Lunatic asylums United Provinces 1909-1921 - 1909-1921
Year: 1909
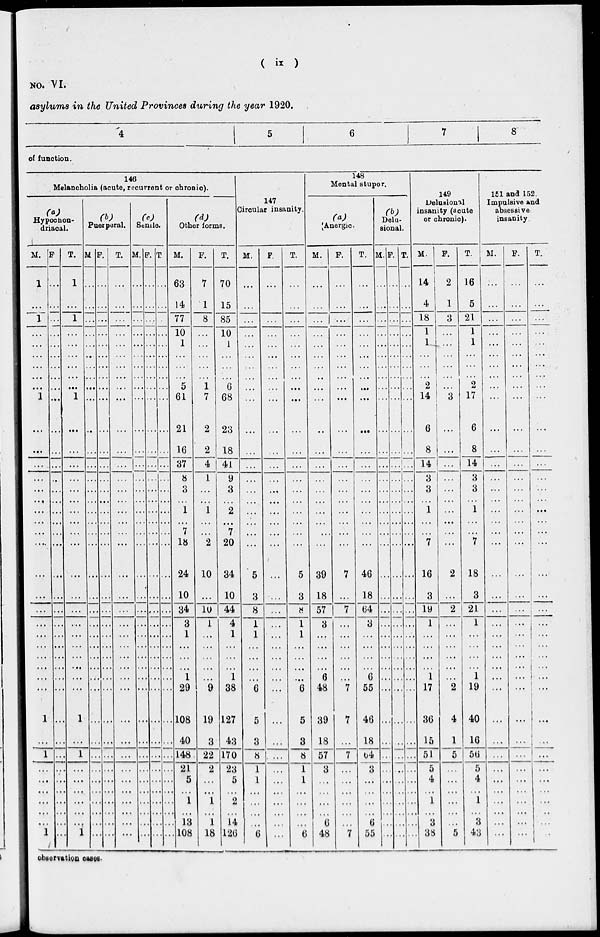
( ix )
NO. VI.
asylums in the United Provinces during the year 1920.
4 5
6
7
8
of function.
146
Melancholia (acute, recurrent or chronic).
(a)
Hypochon-
driacal.
M.
1
...
1
...
...
...
...
...
...
1
...
...
...
...
...
...
...
...
...
...
...
...
...
...
...
...
...
...
...
...
1
...
1
...
...
...
...
...
...
1
F.
...
...
...
...
...
...
...
...
...
...
...
...
...
...
...
...
...
...
...
...
...
...
...
...
...
...
...
...
...
...
...
...
...
...
...
...
...
...
...
...
T.
1
...
1
...
...
...
...
...
...
1
...
...
...
...
...
...
...
...
...
...
...
...
...
...
...
...
...
...
...
...
1
...
1
...
...
...
...
...
...
1
(b)
Puerperal.
M .
...
...
.. .
...
...
...
...
...
...
...
...
...
...
...
...
...
...
...
...
...
...
...
...
...
...
...
...
...
...
...
...
...
...
...
...
...
...
...
...
...
F.
...
...
...
...
...
...
...
...
...
...
...
...
...
...
...
...
...
...
...
...
...
...
...
...
...
...
...
...
...
...
...
...
...
...
...
...
...
...
...
...
T.
...
...
...
...
...
...
...
...
...
...
...
...
...
...
...
...
...
...
...
...
...
...
...
...
...
...
...
...
...
...
...
...
...
...
...
...
...
...
...
...
(c)
Senile.
M.
...
...
...
...
...
...
...
...
...
...
...
...
...
...
...
...
...
...
...
...
...
...
...
...
...
...
...
...
...
...
...
...
...
...
...
...
...
...
...
...
F.
...
...
...
...
...
...
...
...
...
...
...
...
...
...
...
...
...
...
...
...
...
...
...
...
...
...
...
...
...
...
...
...
...
...
...
...
...
...
...
...
T.
...
...
...
...
...
...
...
...
...
...
...
...
...
...
...
...
...
...
...
...
...
...
...
...
...
...
...
...
...
...
...
...
...
...
...
...
...
...
...
...
(d)
Other forms.
M.
63
14
77
10
1
...
...
...
5
61
21
16
37
8
3
...
1
...
7
18
24
10
34
3
1
...
...
...
1
29
108
40
148
21
5
...
1
...
13
108
F.
7
1
8
...
...
...
...
...
1
7
2
2
4
1
...
... 1
...
...
2
10
...
10
1
...
...
...
...
...
9
19
3
22
2
...
...
1
1 1
18
T.
70
15
85
10
1
...
...
...
6
68
23
18
41
9
3
...
2
...
7
20
34
10
44
4
1
...
...
... 1
38
127
43
170
23
5
...
2
...
14
126
147
Circular insanity.
M.
...
...
...
...
...
...
...
...
...
...
...
...
...
...
...
...
...
...
...
...
5
3
8
1
1
...
...
...
...
6
5
3
8
1
1
...
...
...
...
6
F.
...
...
...
...
...
...
...
...
...
...
...
...
...
...
...
...
...
...
...
...
...
...
...
...
...
...
...
...
...
...
...
...
...
...
...
...
...
...
...
...
T.
...
...
...
...
...
...
...
...
...
...
...
...
...
...
...
...
...
...
...
...
5
3
8
1
1
...
...
...
...
6
5
3
8
1
1
...
...
...
6
148
Mental stupor.
(a)
Anergic.
M.
...
...
...
...
...
...
...
...
...
...
..
...
...
...
...
...
...
...
...
...
39
18
57
3
...
...
...
...
6
48
39
18
57
3
...
...
...
...
6
48
F.
...
...
...
...
...
...
...
...
...
...
...
...
...
...
...
...
...
...
...
...
7
...
7
...
...
...
...
...
...
7
7
...
7
...
...
...
...
...
...
7
T.
...
...
...
...
...
...
...
...
...
...
...
...
...
...
...
...
...
...
...
...
46
18
64
3
...
...
...
...
6
55
46
18
64
3
...
...
...
...
6
55
(b)
Delu-
sional.
M.
.. .
...
...
...
...
...
...
...
...
...
...
...
...
...
...
...
...
...
...
...
...
...
...
...
...
...
...
...
...
...
...
...
...
...
...
...
...
...
...
...
F.
.. .
...
.. .
...
...
...
...
...
...
...
...
...
.. .
...
...
...
...
...
...
...
...
...
...
...
...
...
...
...
...
...
...
...
...
...
...
...
...
...
...
...
T.
...
...
..
...
...
...
...
...
...
...
...
...
...
...
...
...
...
...
...
...
...
...
...
...
...
...
...
...
...
...
...
...
...
...
...
...
...
...
...
...
149
Delusional
insanity (acute
or chronic).
M.
14
4
18
1
1
...
...
...
2
14
6
8
14
3
3
...
1
...
...
7
16
3
19
1
...
...
...
...
1
17
36
15
51
5
4
...
1
...
3
38
F.
2
1
3
...
...
...
...
...
...
3
...
...
...
...
...
...
...
...
...
...
2
...
2
...
...
...
...
...
...
2
4
1
5
...
...
...
...
...
...
5
T.
16
5
21
1
1
...
...
...
2
17
6
8
14
3
3
...
1
...
...
7
18
3
21
1
...
...
...
... 1
19
40
16
56
5
4
...
1
...
3
43
151 and 152.
Impulsive and
absessive
insanity.
M.
...
...
...
...
...
...
...
...
...
...
...
...
...
...
...
...
...
...
...
...
...
...
...
...
...
...
...
...
...
...
...
...
...
...
...
...
...
...
...
...
F.
...
...
...
...
...
...
...
...
...
...
...
...
...
...
...
...
...
...
...
...
...
...
...
...
...
...
...
...
...
...
...
....
...
...
...
...
...
...
...
...
T.
...
...
...
...
...
...
...
...
...
...
...
...
...
...
...
...
...
...
...
...
...
...
...
...
...
...
...
...
...
...
...
...
...
...
...
...
...
...
...
...
observation cases.